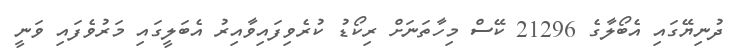
ދުނިޔޭގައި އެބޯލާގެ 21296 ކޭސް މިހާތަނަށް ރިކޯޑު ކުރެވިފައިވާއިރު އެބަލީގައި މަރުވެފައި ވަނީ